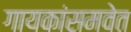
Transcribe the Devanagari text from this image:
गायकांसमवेत